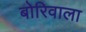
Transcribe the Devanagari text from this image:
बोरिवाला